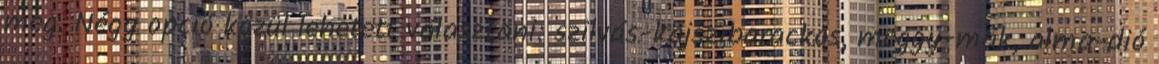
meg. Négy opció közül lehetett választani: szilvás-kajszibarackos, meggy-mák, alma-dió